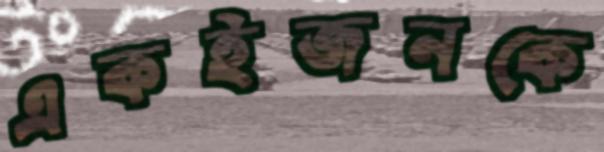
একইজনকে